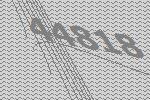
44818